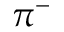
\pi ^ { - }